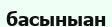
басыныан